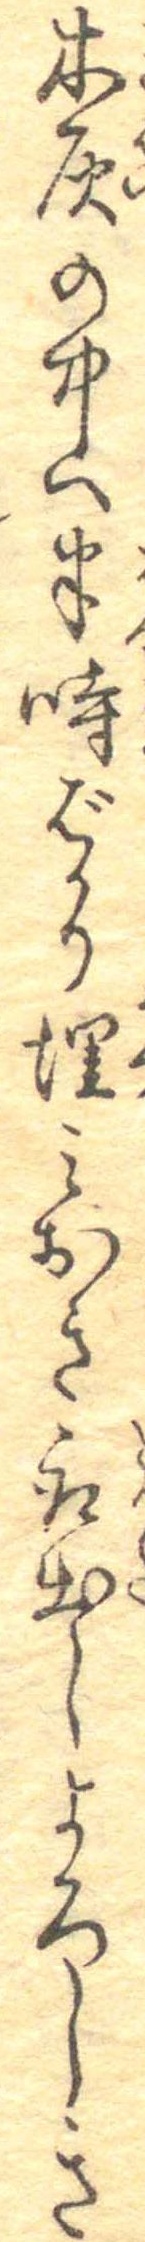
木灰の中へ半時ばかり埋みおき取出しよろしき